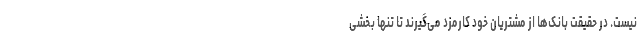
نیست. در حقیقت بانک‌ها از مشتریان خود کارمزد می‌گیرند تا تنها بخشی